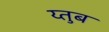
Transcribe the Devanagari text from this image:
य्तुब